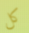
كل